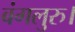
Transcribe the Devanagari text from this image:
बंगलुरु।